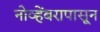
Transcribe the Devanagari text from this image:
नोव्हेंबरापासून